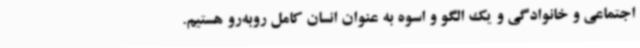
اجتماعی و خانوادگی و یک الگو و اسوه به عنوان انسان کامل روبه‌رو هستیم.